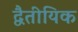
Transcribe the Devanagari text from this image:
द्वैतीयिक